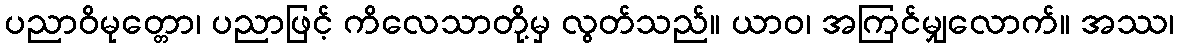
ပညာဝိမုတ္တော၊ ပညာဖြင့် ကိလေသာတို့မှ လွတ်သည်။ ယာဝ၊ အကြင်မျှလောက်။ အဿ၊